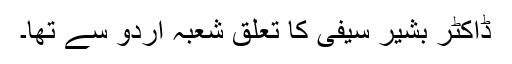
ڈاکٹر بشیر سیفی کا تعلق شعبہ اردو سے تھا۔